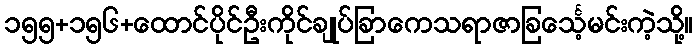
၁၅၅+၁၅၆+ထောင်ပိုင်ဦးကိုင်ချုပ်ခြာကေသရာဇာခြင်္သေ့မင်းကဲ့သို့။